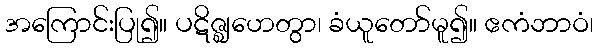
အကြောင်းပြု၍။ ပဋိဇ္ဈဟေတွာ၊ ခံယူတော်မူ၍။ ဧကံဘာဝံ၊